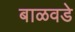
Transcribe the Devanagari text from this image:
बाळवडे